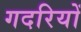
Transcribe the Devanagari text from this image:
गदरियों